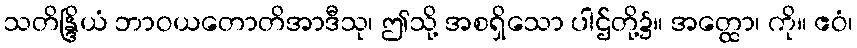
သတိန္ဒြိယံ ဘာဝယတောတိအာဒီသု၊ ဤသို့ အစရှိသော ပါဌ်တို့၌။ အတ္ထော၊ ကို။ ဧဝံ၊